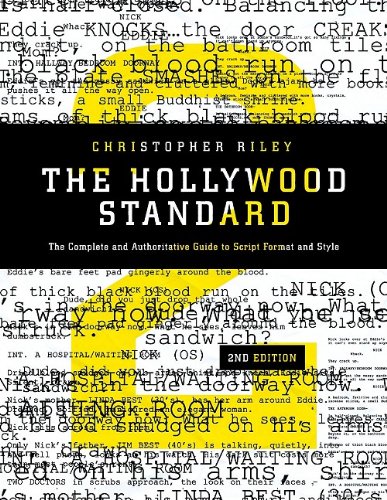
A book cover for The Hollywood Standard: The Complete and Authoritative Guide to Script Format and Style (Hollywood Standard: The Complete & Authoritative Guide to); Christopher Riley; Humor & Entertainment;